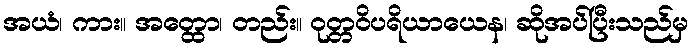
အယံ၊ ကား။ အတ္ထော၊ တည်း။ ဝုတ္တဝိပရိယာယေန၊ ဆိုအပ်ပြီးသည်မှ